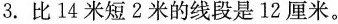
3.比14米短2米的线段是12厘米。